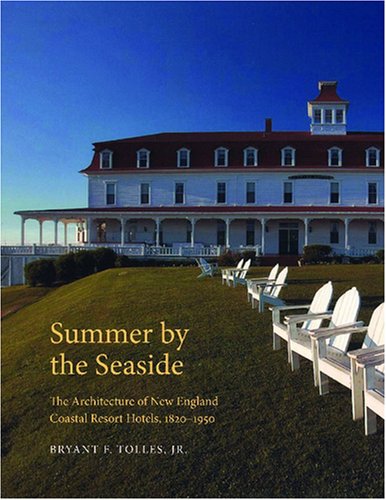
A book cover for Summer by the Seaside: The Architecture of New England Coastal Resort Hotels, 1820-1950; Bryant F. Tolles Jr.; Travel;